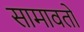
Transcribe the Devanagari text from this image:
सामावतो